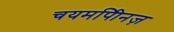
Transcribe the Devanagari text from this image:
चयमपीिनज़